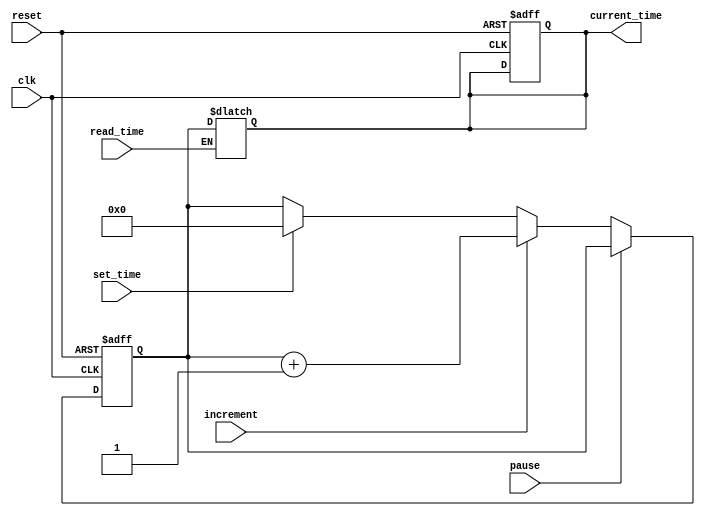
module RTC_Timer (
    input wire clk,
    input wire reset,
    input wire pause,
    input wire increment,
    input wire set_time,
    input wire read_time,
    
    output reg [31:0] current_time
);

reg [31:0] rtc_counter;

always @(posedge clk or posedge reset) begin
    if (reset) begin
        rtc_counter <= 32'h00000000;
        current_time <= 32'h00000000;
    end else begin
        if (pause) begin
            rtc_counter <= rtc_counter;
        end else if (increment) begin
            rtc_counter <= rtc_counter + 1;
        end else if (set_time) begin
            rtc_counter <= 32'h00000000;
        end
    end
end

always @(*) begin
    if (read_time) begin
        current_time <= rtc_counter;
    end
end

endmodule